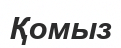
Қомыз